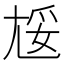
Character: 㞂